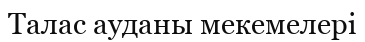
Талас ауданы мекемелері